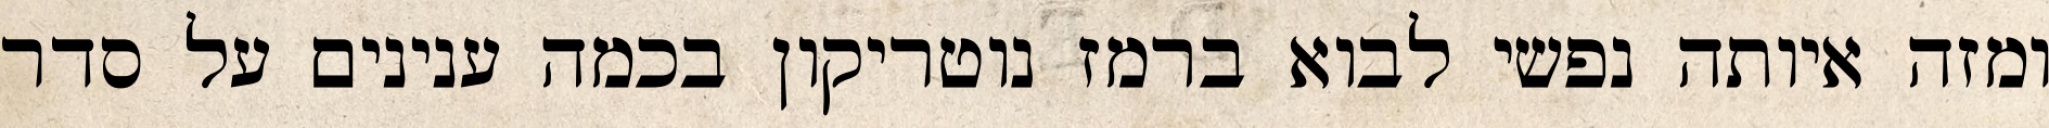
ומזה איותה נפשי לבוא ברמז נוטריקון בכמה ענינים על סדר